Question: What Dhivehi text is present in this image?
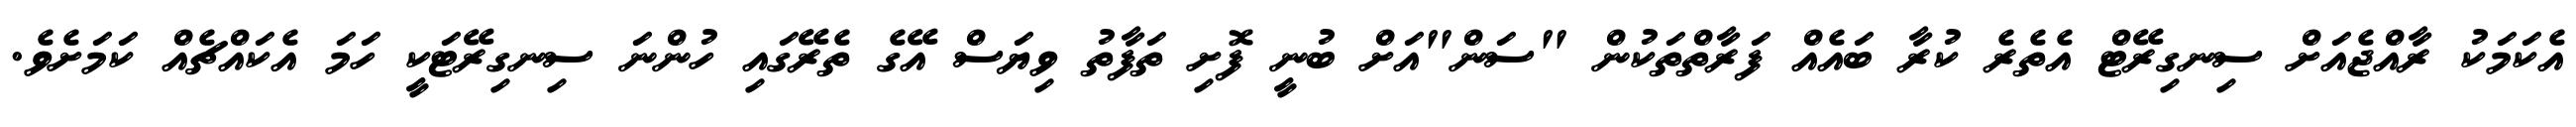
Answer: އެކަމަކު ރާއްޖެއަށް ސިނގިރޭޓް އެތެރެ ކުރާ ބައެއް ފަރާތްތަކުން "ސަން"އަށް ބުނީ ފޮށި ތަފާތު ވިޔަސް އޭގެ ތެރޭގައި ހުންނަ ސިނގިރޭޓަކީ ހަމަ އެކައްޗެއް ކަމަށެވެ.